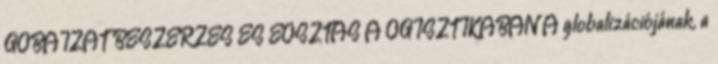
GOBÁIZÁT BESZERZÉS ÉS EOSZTÁS A OGISZTIKÁBAN A globalizációjának, a